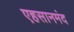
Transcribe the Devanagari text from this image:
एहसानमंद